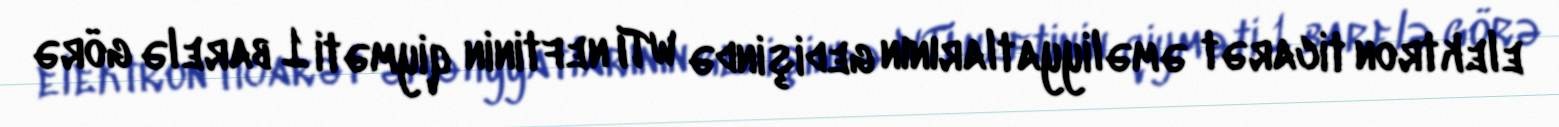
elektron ticarət əməliyyatlarının gedişində WTI neftinin qiyməti 1 barelə görə